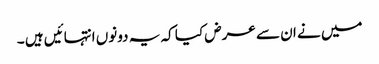
میں نے ان سے عرض کیا کہ یہ دونوں انتہائیں ہیں ۔